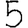
Digit: 5